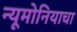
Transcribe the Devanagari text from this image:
न्यूमोनियाचा